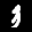
Label: 3